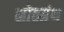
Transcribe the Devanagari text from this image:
स्रोतग्रंथ